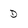
Character: D